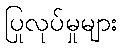
ပြုလုပ်မှုများ